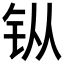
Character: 𫓩